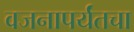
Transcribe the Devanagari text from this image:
वजनापर्यंतचा